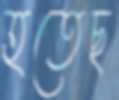
হতেছ